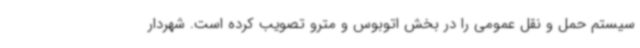
سیستم حمل و نقل عمومی را در بخش اتوبوس و مترو تصویب کرده است. شهردار